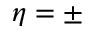
\eta = \pm